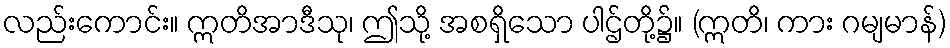
လည်းကောင်း။ ဣတိအာဒီသု၊ ဤသို့ အစရှိသော ပါဌ်တို့၌။ (ဣတိ၊ ကား ဂမျမာန်)